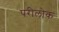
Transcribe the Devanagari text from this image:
परीलोक